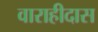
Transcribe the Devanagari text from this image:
वाराहीदास